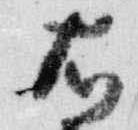
右